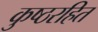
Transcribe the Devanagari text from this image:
कुष्ठरहित